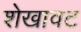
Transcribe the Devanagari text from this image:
शेखावट